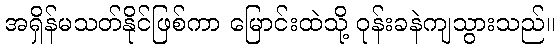
အရှိန်မသတ်နိုင်ဖြစ်ကာ မြောင်းထဲသို့ ဝုန်းခနဲကျသွားသည်။